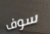
سوف